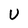
Character: U